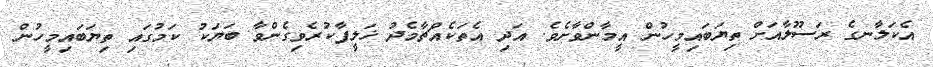
އެކަލާނގެ ރަސޫލާއަށް ތިޔަބައިމީހުން އީމާންވާށެވެ. އަދި އެތަކެއްޗާމެދު ޚަލީފާކުރެވިގެންވާ ބަޔަކު ކަމުގައި ތިޔަބައިމީހުން